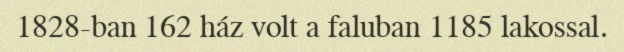
1828-ban 162 ház volt a faluban 1185 lakossal.